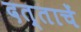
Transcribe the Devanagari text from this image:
दत्ताचें